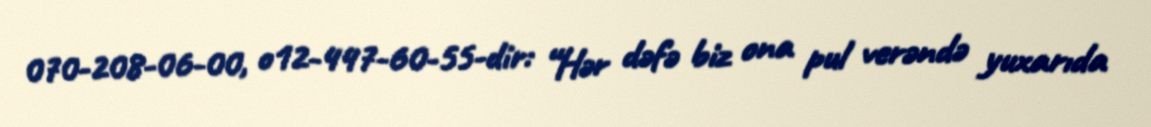
070-208-06-00, o12-447-60-55-dir: “Hər dəfə biz ona pul verəndə yuxarıda